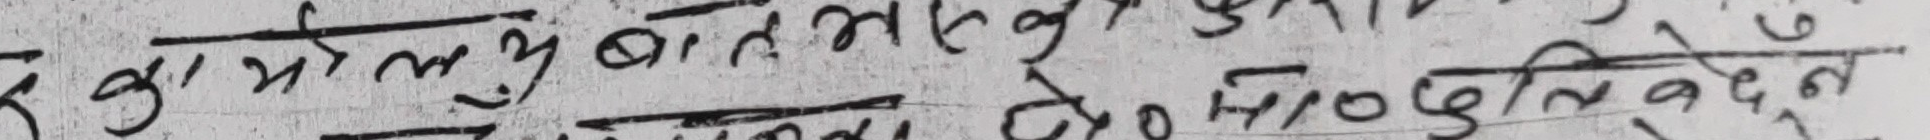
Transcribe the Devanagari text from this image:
र कामोल धु बात्सल्य
० १० दुलिदेउन